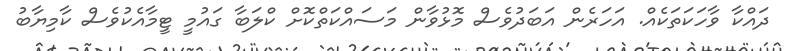
ދައްކާ ވާހަކަތަކެއް. އަހަރެން އަބަދުވެސް މޮޅުވާން މަސައްކަތްކޮށް ކްލަބާ ގައުމީ ޓީމާއެކުވެސް ކާމިޔާބު